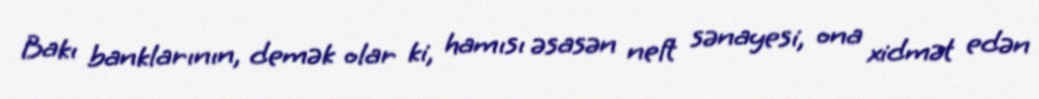
Bakı banklarının, demək olar ki, hamısı əsasən neft sənayesi, ona xidmət edən